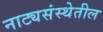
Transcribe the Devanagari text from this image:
नाट्यसंस्थेतील